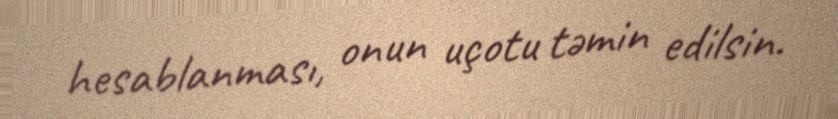
hesablanması, onun uçotu təmin edilsin.